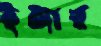
ইঙ্গার